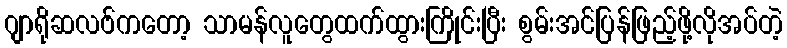
ဂျာရိုဆလဗ်ကတော့ သာမန်လူတွေထက်ထွားကြိုင်းပြီး စွမ်းအင်ပြန်ဖြည့်ဖို့လိုအပ်တဲ့